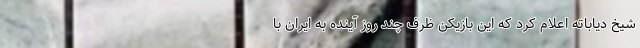
شیخ دیاباته اعلام کرد که این بازیکن ظرف چند روز آینده به ایران با